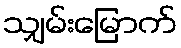
သျှမ်းမြောက်